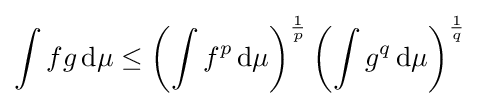
\int fg\,\mathrm {d} \mu \leq \left(\int f^{p}\,\mathrm {d} \mu \right)^{\frac {1}{p}}\left(\int g^{q}\,\mathrm {d} \mu \right)^{\frac {1}{q}}